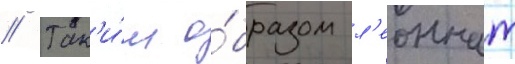
// Так'и́м о́бразом л'еоннат